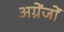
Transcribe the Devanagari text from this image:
अग्रेंजों